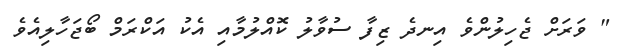
" ވަރަށް ޖެހިލުންވެ އިނދެ ޒިފާ ސުވާލު ކޮއްލުމާއި އެކު އަކްރަމް ބޯޖަހާލިއެވެ